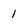
Character: 1